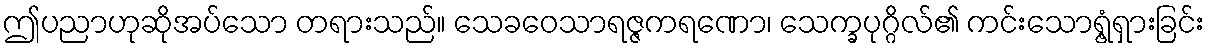
ဤပညာဟုဆိုအပ်သော တရားသည်။ သေခဝေသာရဇ္ဇကရဏော၊ သေက္ခပုဂ္ဂိလ်၏ ကင်းသောရွံ့ရှားခြင်း